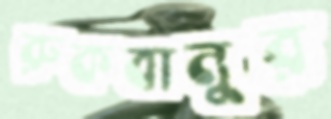
রুকবানুর